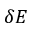
\delta \boldsymbol { E }